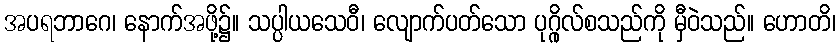
အပရဘာဂေ၊ နောက်အဖို့၌။ သပ္ပါယသေဝီ၊ လျောက်ပတ်သော ပုဂ္ဂိုလ်စသည်ကို မှီဝဲသည်။ ဟောတိ၊